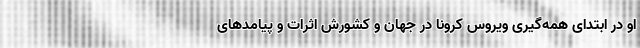
او در ابتدای همه‌گیری ویروس کرونا در جهان و کشورش اثرات و پیامدهای